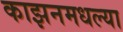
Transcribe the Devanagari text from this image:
काझनमधल्या